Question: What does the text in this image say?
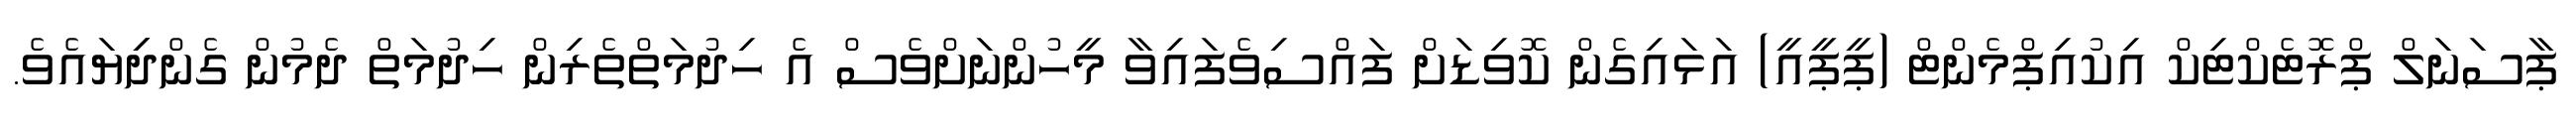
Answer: ޕާސަނަލް ޕްރޮޓެކްޓިކް އިކުއިޕްމެންޓް (ޕީޕީއީ) އަޅައިގެން ކޮވިޑަށް ފައްސިވެފައިވާ މީހުންނަށްވެސް އެ ހިދުމަތްތެރިން ހިދުމަތް ދެމުން ގެންދިިޔައެވެ.